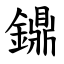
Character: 鐤